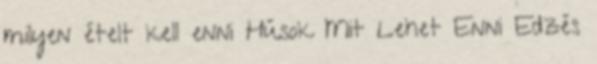
milyen ételt kell enni Húsok Mit Lehet Enni Edzés